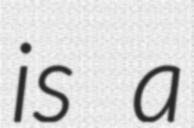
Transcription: is a